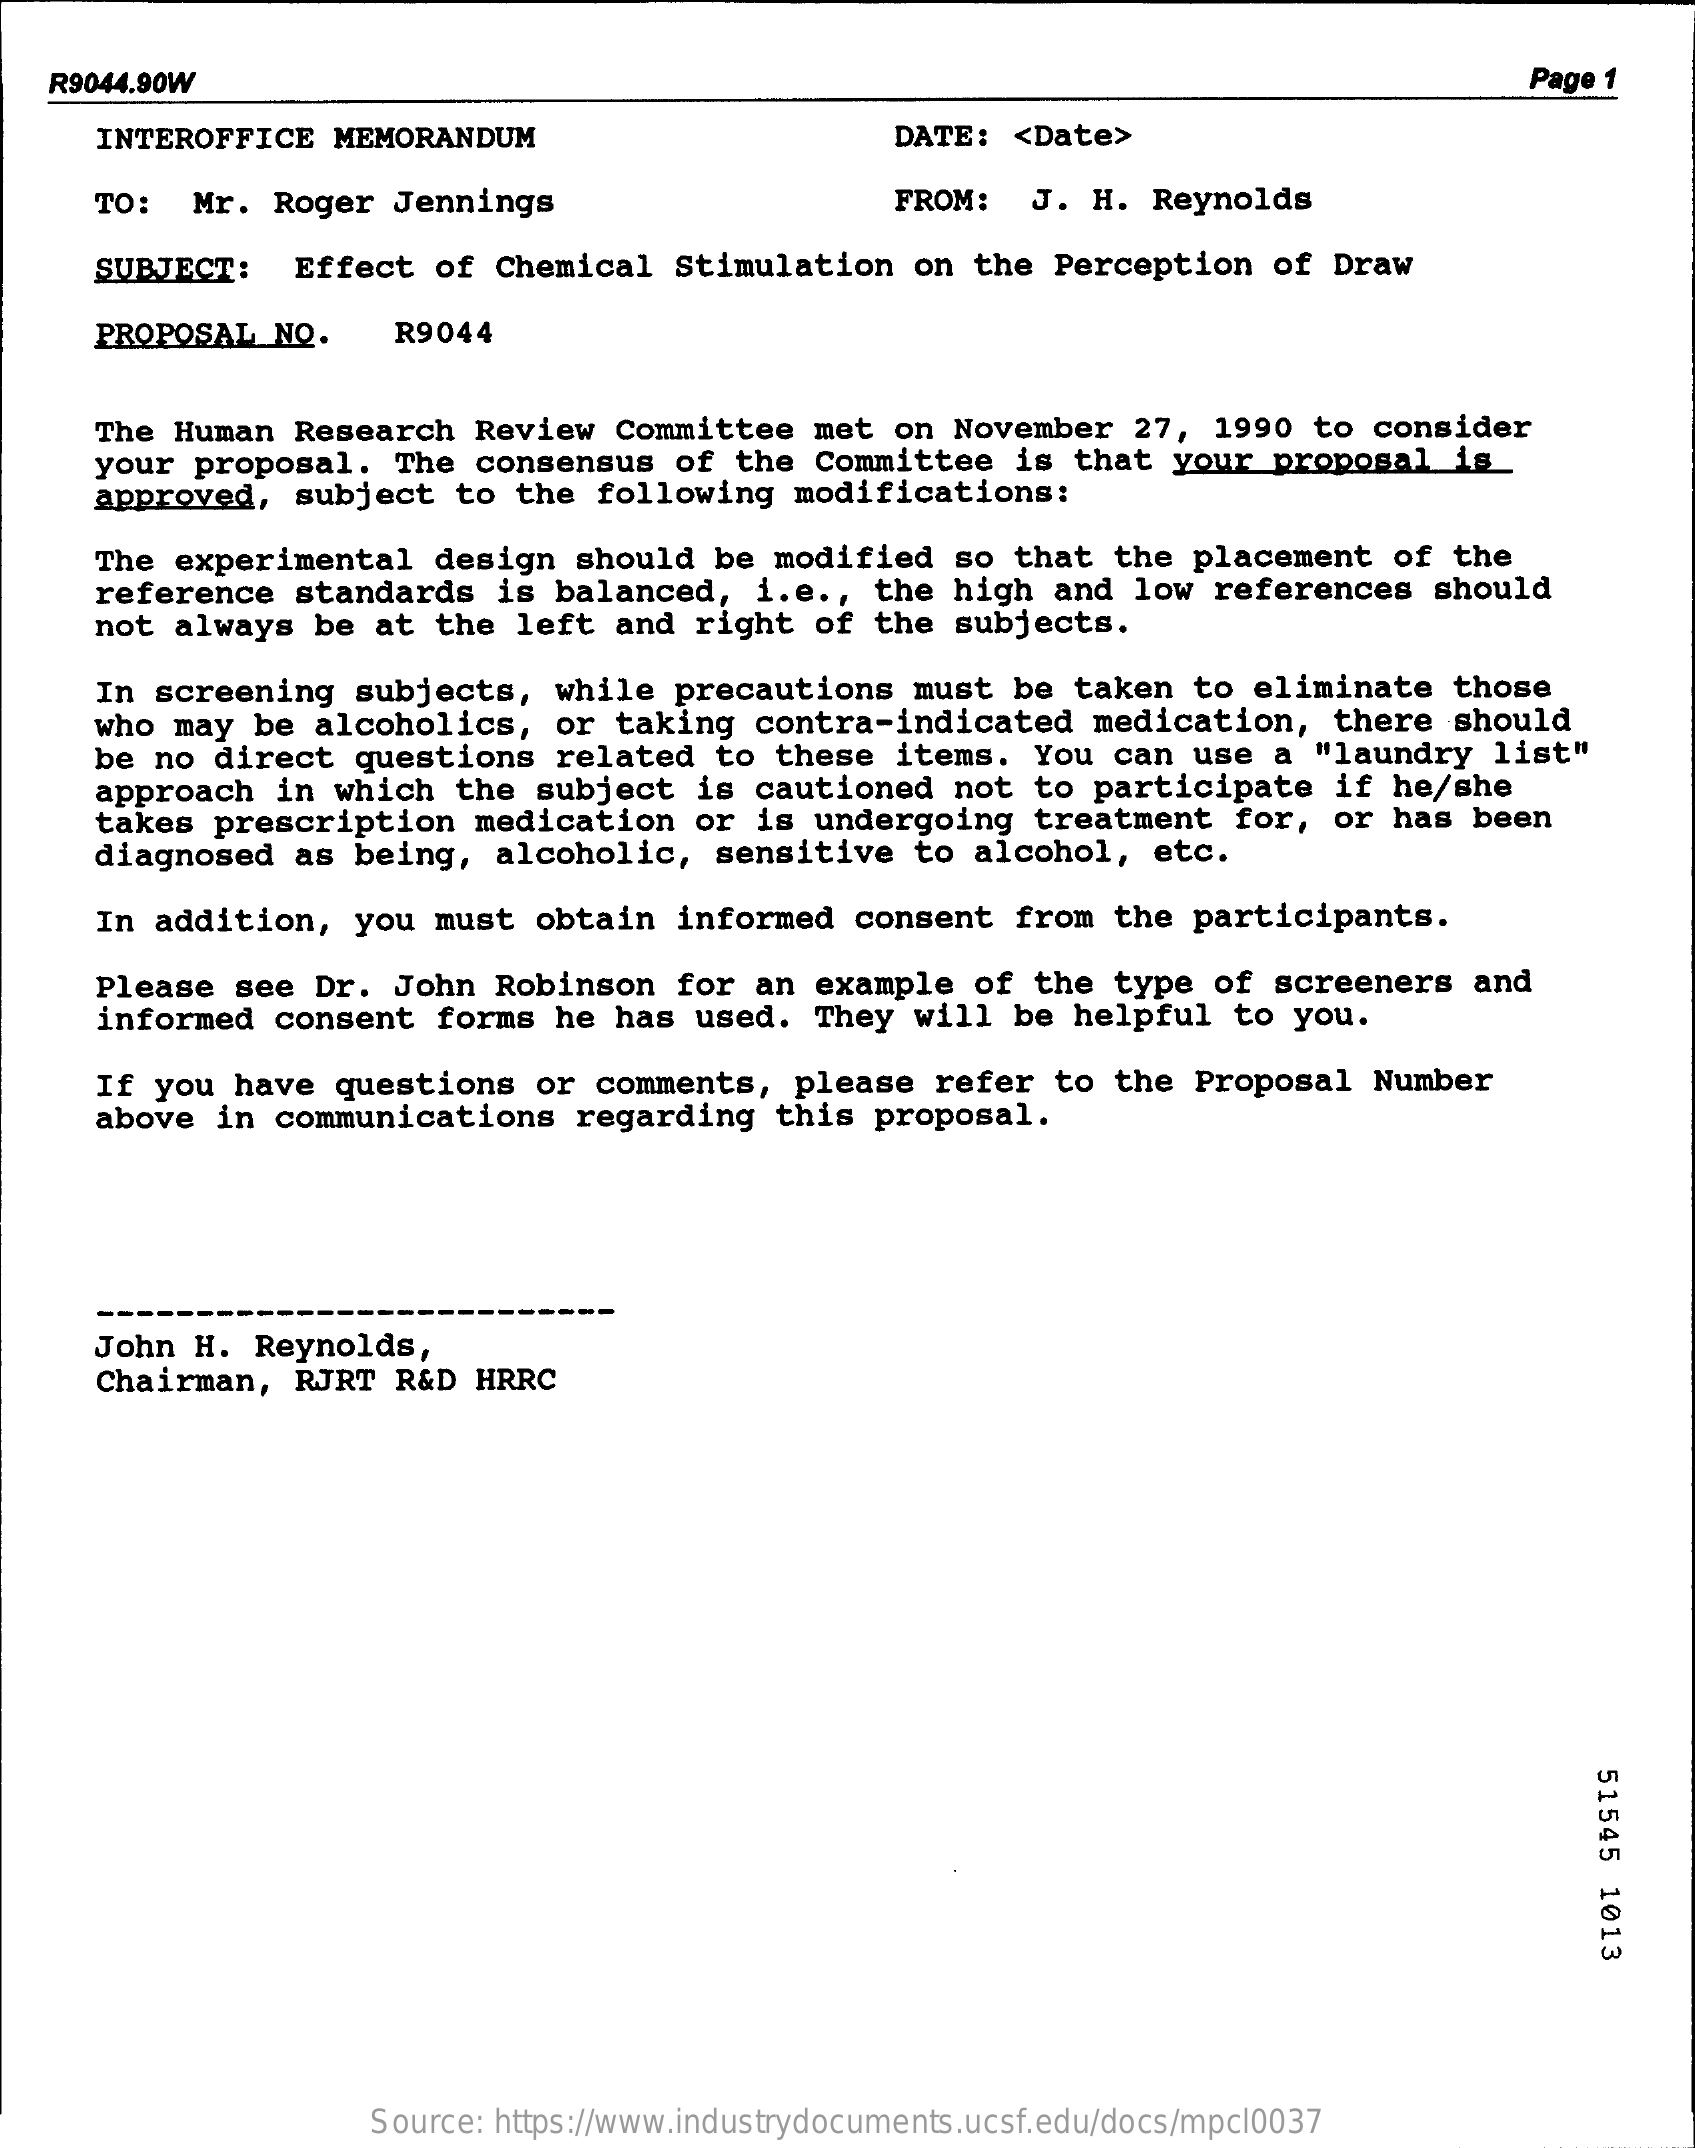
R9044.90W    Page 1
     INTEROFFICE MEMORANDUM    DATE: < Date>
     TO: Mr. Roger Jennings    FROM: J. H. Reynolds
     SUBJECT: Effect of Chemical Stimulation on the Perception of Draw
    PROPOSAL NO.  R9044
    The Human Research Review Committee met on November 27, 1990 to consider
    your proposal. The consensus of the Committee is that your proposal is
    approved, subject to the following modifications:
     The experimental design should be modified so that the placement of the
     reference standards is balanced, i.e ., the high and low references should
     not always be at the left and right of the subjects.
     In screening subjects, while precautions must be taken to eliminate those
    who may be alcoholics, or taking contra-indicated medication, there should
    be no direct questions related to these items. You can use a "laundry list"
    approach in which the subject is cautioned not to participate if he/she
     takes prescription medication or is undergoing treatment for, or has been
     diagnosed as being, alcoholic, sensitive to alcohol, etc.
     In addition, you must obtain informed consent from the participants.
     Please see Dr. John Robinson for an example of the type of screeners and
     informed consent forms he has used. They will be helpful to you.
    If you have questions or comments, please refer to the Proposal Number
     above in communications regarding this proposal.
    John H. Reynolds,
     Chairman, RJRT R&D HRRC
     51545
     1013
     Source: https://www.industrydocuments.ucsf.edu/docs/mpcl0037